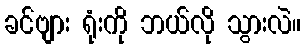
ခင်ဗျား ရုံးကို ဘယ်လို သွားလဲ။